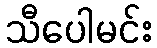
သီပေါမင်း